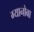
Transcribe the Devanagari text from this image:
ग्यानोबा